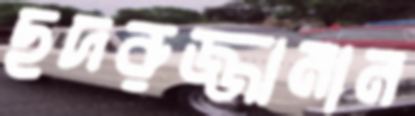
ছদরুজ্জামান